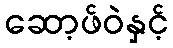
ဆော့ဖ်ဝဲနှင့်